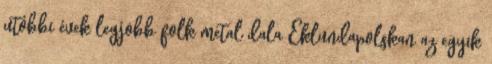
utóbbi évek legjobb folk metal dala Eklundapolskan az egyik